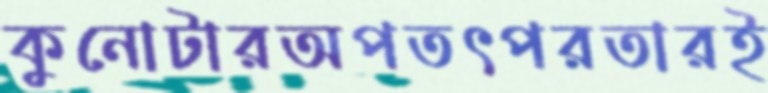
কুনোটারঅপতৎপরতারই